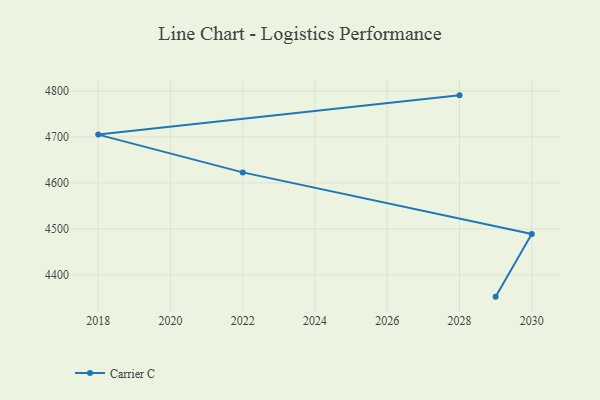
{"axis": {"x": "Year", "y": "Page Views"}, "legend": ["Carrier C"], "data": [{"x": "2028", "y": 4790.6, "type": "Carrier C"}, {"x": "2018", "y": 4705.2, "type": "Carrier C"}, {"x": "2022", "y": 4623.0, "type": "Carrier C"}, {"x": "2030", "y": 4488.9, "type": "Carrier C"}, {"x": "2029", "y": 4352.7, "type": "Carrier C"}]}